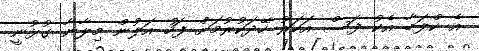
އެ ކްލަބާ އެކު ފަސް އަހަރު ހޭދަކުރުމަށް ފަހު އަލުން މިލާނާ ގުޅުނީ